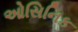
ઓસિનિક